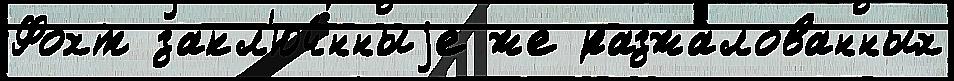
Фохт закл'юч́нныjе же разжа́лованных